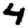
Digit: 4